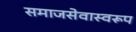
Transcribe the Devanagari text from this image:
समाजसेवास्वरूप